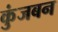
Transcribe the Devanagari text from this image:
कुंजबन